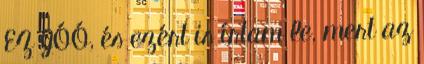
EZ JÓÓ, és ezért is írtam le, mert az